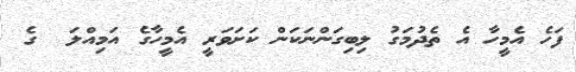
ފަހެ އެމީހާ އެ ތެދުމަގު ލިބިގަންނަކަން ކަށަވަރީ އެމީހާގެ އަމިއްލަ  ގެ